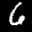
Label: 6